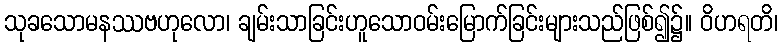
သုခသောမနဿဗဟုလော၊ ချမ်းသာခြင်းဟူသောဝမ်းမြောက်ခြင်းများသည်ဖြစ်၍၌။ ဝိဟရတိ၊